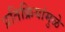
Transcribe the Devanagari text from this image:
प्रतिक्रियांमुळे